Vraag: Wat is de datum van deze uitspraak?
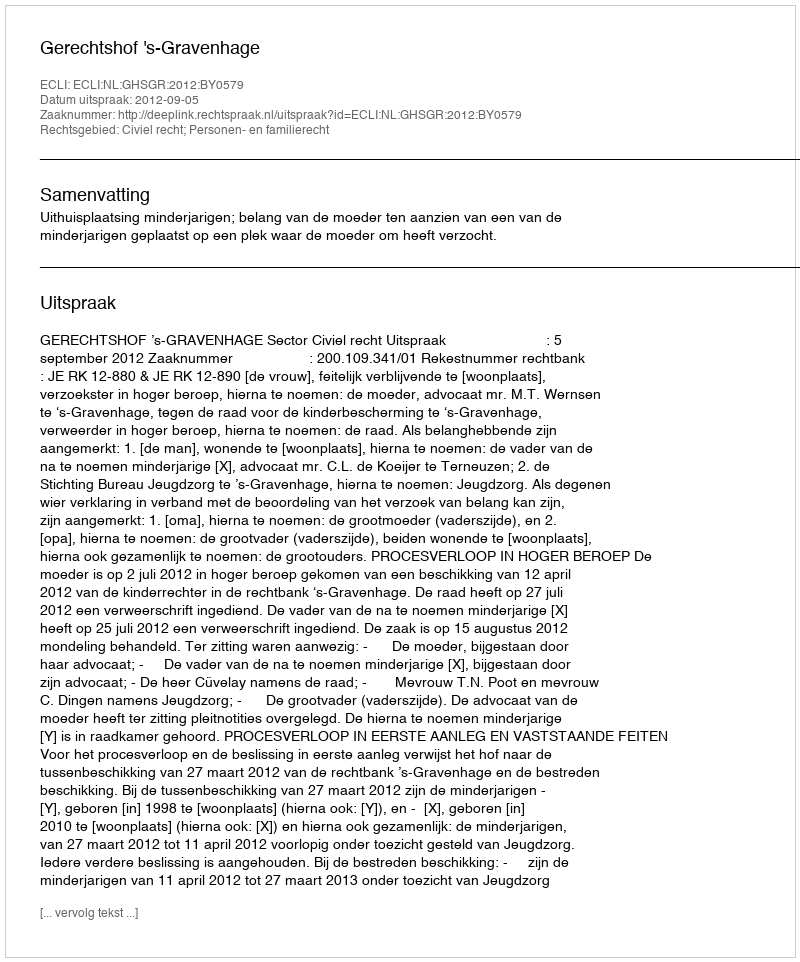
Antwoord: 2012-09-05